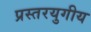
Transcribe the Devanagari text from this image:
प्रस्तरयुगीय